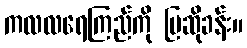
ကလလရေကြည်ကို ပြဆိုခန်း။